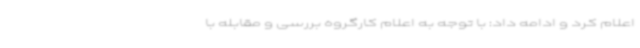
اعلام کرد و ادامه داد: با توجه به اعلام کارگروه بررسی و مقابله با